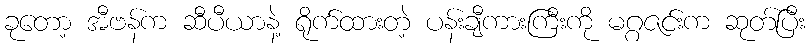
ခုတော့ အီဗန်က ဆီပီယာနဲ့ ရိုက်ထားတဲ့ ပန်းချီကားကြီးကို မဂ္ဂဇင်းက ဆုတ်ပြီး